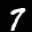
Label: 7